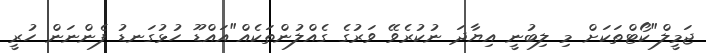
ޖަމީލް"ކޯޓްތަކަށް މި ލިބުނީ އިޔާދަ ނުކުރެވޭ ވަރުގެ ގެއްލުންތަކެއް"އައްޑޫ ހުޅުގަނޑު ފެންނަން ހުރީ